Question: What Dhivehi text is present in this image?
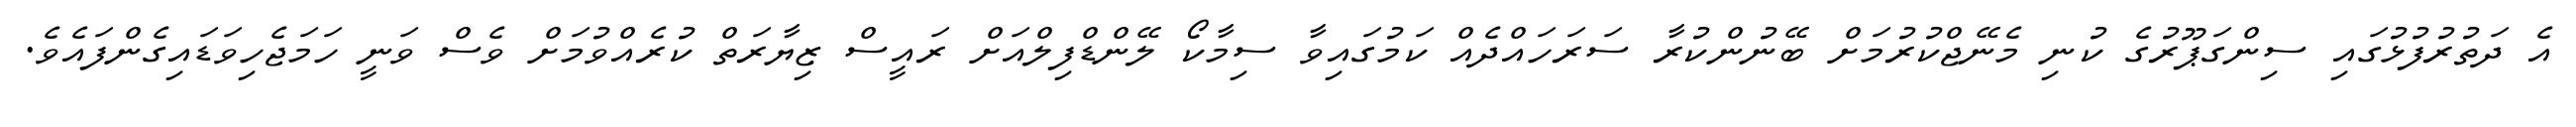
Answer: އެ ދަތުރުފުޅުގައި ސިންގަޕޫރުގެ ކުނި މެނޭޖްކުރުމަށް ބޭނުންކުރާ ސަރަހައްދެއް ކަމުގައިވާ ސިމާކޯ ލޭންޑްފިލްއަށް ރައީސް ޒިޔާރަތް ކުރެއްވުމަށް ވެސް ވަނީ ހަމަޖެހިވަޑައިގެންފައެވެ.